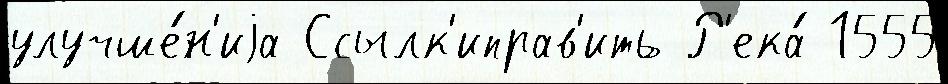
улучше́н'иjа Ссылк'иправ'ить Р'ека́ 1555